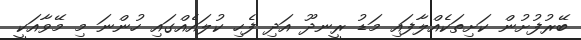
ބޭރުފުށުން ކަށިތަކެއްލާފައި މަޑު ރީނދޫ އަދި ފެހި ކުލައެއްގައި ހުންނަ މި މޭވާއަކީ